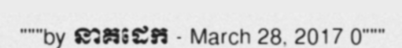
"""by នាគដេក - March 28, 2017 0"""